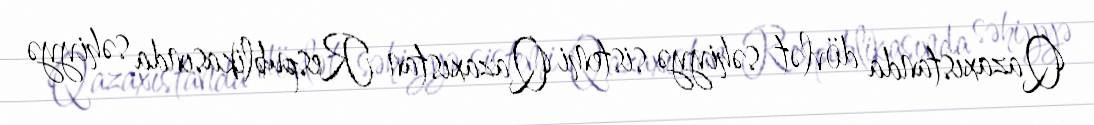
Qazaxıstanda dövlət səhiyyə sistemi Qazaxıstan Respublikasında səhiyyə